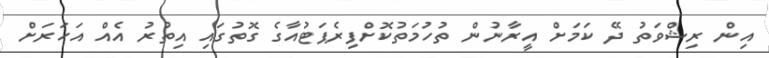
އިން ރިޝްވަތު ދޭ ކަމަށް އީރާނުން ތުހުމަތުކޮށްފިރެޕަޓުއާގެ ގޮތުގައި އިތުރު އެއް އަހަރަށް